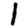
Digit: 1